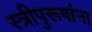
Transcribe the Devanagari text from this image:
स्त्रीपुरूषांना